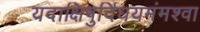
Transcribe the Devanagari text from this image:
यदाक्षिषुर्दिधयमंमश्वा